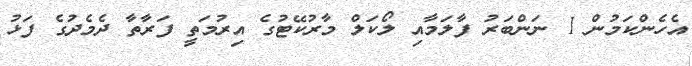
އެހެންކަމުން 1 ނަންބަރު ފާލަމާއި ލޯކަލް މާރުކޭޓުގެ އިރުމަތީ ފަރާތާ ދެމެދުގެ ފަޅު